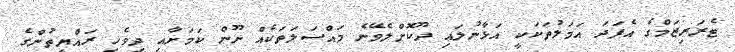
ޓެރަރިޒަމްގެ އެފަދަ އަމަލުތަކަކީ އަޅާނުލައި ދޫކޮށްލެވޭނެ މައްސަލަތަކެއް ނޫން ކަމަށާއި ދިވެހި ރައްޔިތުންގެ